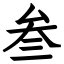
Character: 叁